Report on sanitation, dispensaries, and jails in Rajputana for 1916, and on vaccination for the year 1916-1917 - 1916-1917
Year: 1916
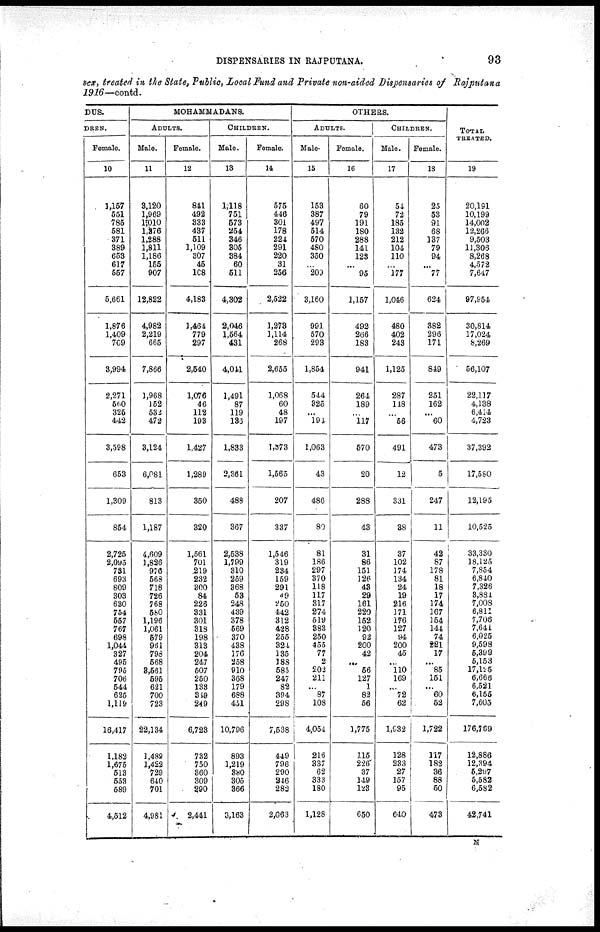
DISPENSARIES IN RAJPUTANA.
93
sex, treated in the State, Public, Local Fund and Private non-aided Dispensaries of Rajputana
1916—contd.
DUS.
DREN.
Female.
10
1,157
551
785
581
371
389
653
617
557
5,661
1,876
1,409
709
3,994
2,271
560
325
442
3,598
653
1,309
854
2,725
2,095
731
693
809
303
630
754
557
767
698
1,044
327
495
795
706
544
625
1,119
16,417
1,182
1,675
513
553
589
4,512
MOHAMMADANS.
ADULTS.
Male.
11
3,120
1,969
1,010
1,376
1,288
1,811
1,186
155
907
12,822
4,982
2,219
665
7,866
1,968
152
532
472
3,124
6,081
813
1,187
4,609
1,826
976
568
718
726
768
580
1,196
1,061
579
961
798
568
3,561
595
621
700
723
22,134
1,489
1,422
729
640
701
4,981
Female.
12
841
492
333
437
511
1,109
307
45
108
4,183
1,464
779
297
2,540
1,076
46
112
193
1,427
1,289
350
320
1,561
701
219
232
300
84
226
331
301
318
198
313
204
247
507
250
133
349
249
6,723
732
750
360
309
290
2,441
CHILDREN.
Male.
13
1,118
751
573
254
346
305
384
60
511
4,302
2,046
1,564
431
4,041
1,491
87
119
136
1,833
2,361
488
367
2,538
1,799
310
259
368
53
248
439
378
569
370
438
176
258
910
368
179
688
451
10,796
893
1,219
380
305
366
3,163
Female.
14
575
446
301
178
224
291
220
31
256
2,522
1,273
1,114
268
2,655
1,068
60
48
197
1,373
1,565
207
337
1,546
319
234
159
291
49
250
442
312
428
255
324
135
188
585
247
82
394
298
7,538
449
796
290
246
282
2,063
OTHERS.
ADULTS.
Male.
15
153
387
497
514
570
480
350
...
209
3,160
991
570
293
1,854
544
325
...
194
1,063
43
486
80
81
186
297
370
118
117
317
274
519
383
250
455
77
2
202
211
...
87
108
4,054
216
337
62
333
180
1,128
Female.
16
60
79
191
180
288
141
123
...
95
1,157
492
266
183
941
264
189
...
117
570
20
288
43
31
86
151
126
43
29
161
220
152
120
92
200
42
...
56
127
1
82
56
1,775
115
226
37
149
123
650
CHILDREN.
Male.
17
54
72
185
132
212
104
110
...
177
1,046
480
402
243
1,125
287
148
...
56
491
12
331
38
37
102
174
134
24
19
216
171
176
127
94
200
45
...
110
169
...
72
62
1,932
128
233
27
157
95
640
Female.
18
25
53
91
68
137
79
94
...
77
624
382
296
171
849
251
162
...
60
473
5
247
11
42
87
178
81
18
17
174
167
154
144
74
221
17
...
85
151
...
60
52
1,722
117
182
36
88
50
473
TOTAL
TREATED.
19
20,191
10,199
14,002
12,266
9,503
11,306
8,268
4,572
7,647
97,954
30,814
17,024
8,269
56,107
22,117
4,138
6,414
4,723
37,392
17,580
12,195
10,525
33,330
18,125
7,854
6,840
7,326
3,881
7,008
6,811
7,708
7,644
6,025
9,598
5,399
5,153
17,125
6,666
6,521
6,155
7,605
176,769
12,886
12,394
5,297
5,582
6,582
42,741
N